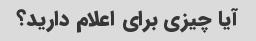
آیا چیزی برای اعلام دارید؟